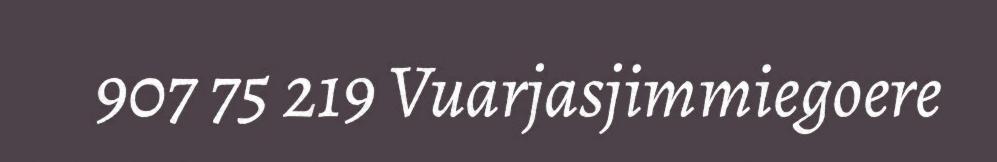
907 75 219 Vuarjasjimmiegoere